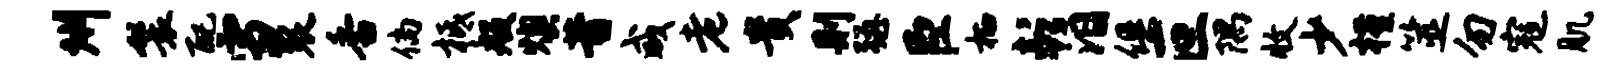
州鬟配雪裂香倘柢般燠昔咸老贵则强臣栖彭泪俱叵隅收少槿筮勿寇肌